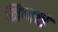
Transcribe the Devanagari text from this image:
निप्पक्ष